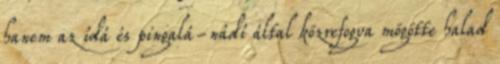
hanem az ídá és pingalá-nádí által közrefogva mögötte halad